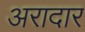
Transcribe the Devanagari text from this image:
अरादार